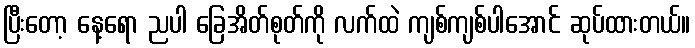
ပြီးတော့ နေ့ရော ညပါ ခြေအိတ်စုတ်ကို လက်ထဲ ကျစ်ကျစ်ပါအောင် ဆုပ်ထားတယ်။